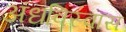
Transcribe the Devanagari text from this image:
अंधविस्वास